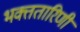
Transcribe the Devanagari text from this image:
भक्ततारिणी